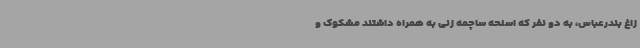
زاغ بندرعباس، به دو نفر که اسلحه ساچمه زنی به همراه داشتند مشکوک و